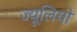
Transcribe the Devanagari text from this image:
ज्यूलियो